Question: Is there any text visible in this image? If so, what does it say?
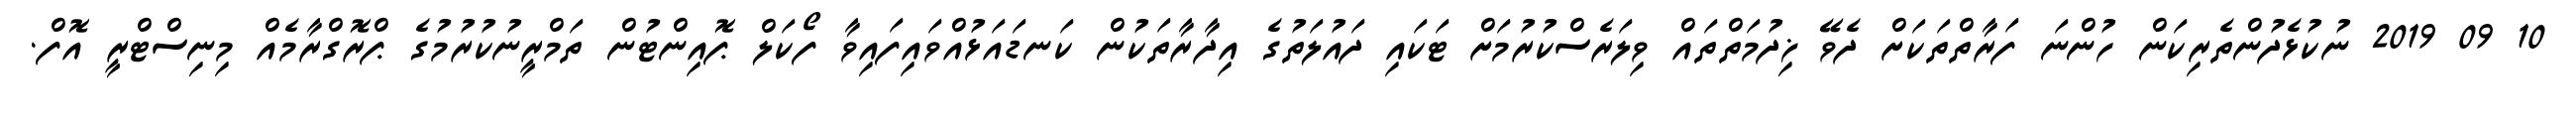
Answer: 10 09 2019 ނުކުޅެދުންތެރިކަން ހުންނަ ފަރާތްތަކަށް ދެވޭ ޚިދުމަތްތައް ވިލަރެސްކުރުމަށް ޓަކައި ދައުލަތުގެ އިދާރާތަކުން ކަނޑައަޅުއްވައިފައިވާ ފޯކަލް ޕޮއިންޓުން ތަމްރީނުކުރުމުގެ ޕްރޮގްރާމެއް މިނިސްޓްރީ އޮފް.